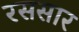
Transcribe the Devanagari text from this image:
रससार